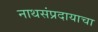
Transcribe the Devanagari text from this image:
नाथसंप्रदायाचा